Leaving Certificate Examination (including Day School Certificate (Higher) General paper), 1939
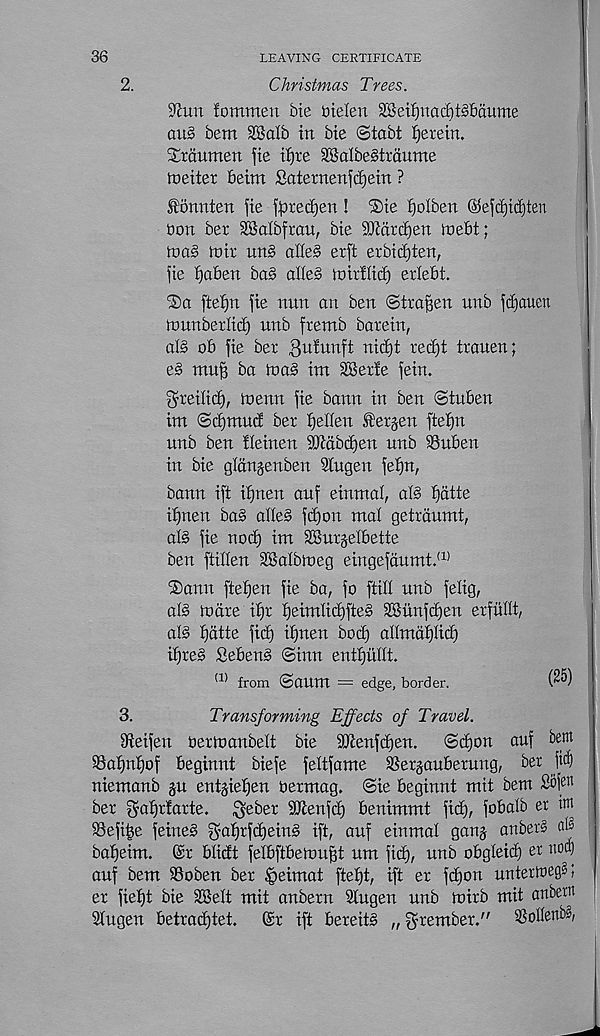
36
LEAVING CERTIFICATE
2.
Christmas Trees.
9Jun fommen bie nielen 2Betf)tiacf)t§£>aume
ait§ bem SBalb in Me ©tabt herein.
Sraumert fie if)te SKatbestraume
meiter 6eim Saternenftfjein ?
tonnten fie ffjrectjen! SJie ijolben ©efdjidjten
bon ber SSalbfran, bie Waxfyen toeU;
toa§ nrir un§ alle§ erft exbid)ten,
fie ffa&en ba§ dle§ toirltici) erlebt.
fte^n fie nnn an ben ©traffen unb ftfiauen
to unbet lid) unb fretnb barein,
afs ob fie bet 3 u^n ft nicift tecfjt ttauen;
e§ mug ba ina§ im S5er!e fein.
^teilicf}, menu fie bann in ben ©tuben
int ©djmud bet be ben fetjen ftebn
unb ben ileinen SDiabcben nnb SSuben
in bie glctngenben SCugen feijn,
bann ift if]nett anf einmal, a(s batte
ibnen bag abe§ fcbon mat gettdumt,
alg fie nocb im SButjeibette
ben ftillen 3®albmeg eingefdumt. (1)
®ann fteben fie ba, fo ftib nnb felig,
als to cite tbt beimlicbfteg SBiinfcbeu etfitllt,
al§ batte fid) ibnen bod) abmdblicb
ifjteg Sebeng ©inn entbubt.
(1) from ©anm = edge, border.
3.
Transforming Effects of Travel.
bieifen oettoanbelt Me 2)ienfd)en.
©djon auf bem
SSabnbof beginnt biefe feltfame SSetgaubetnng, bet fii)
niemanb gn enijieben oetmag. ©ie beginnt mit bem Sbfett
bet gabtfatte. ^ebet SJbenfcb benimmt fid), fobalb er im
Sefi^e feineg $abtfd)ein§ ift, auf einmal gang anbets aB
babeim. ©t blidt felbftbettmfb um fid), unb obgleiib er 11
auf bem SSoben bet ^eimat ftebt, ift et fd)on unter)oeg§;
et fiebt bie SBelt mit anbetn 2fugen unb mirb mit anbetn
2fngen betraibtet.
@t ift bereitg „ ^rembet."
SSoUertb^